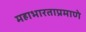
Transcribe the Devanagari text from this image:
महाभारताप्रमाणे